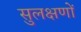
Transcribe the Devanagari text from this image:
सुलक्षणों